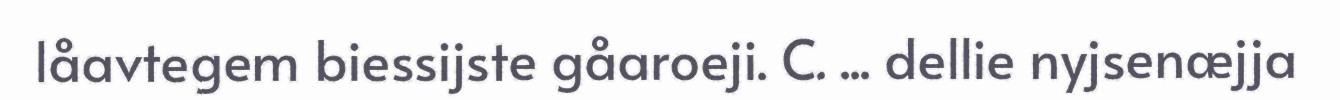
låavtegem biessijste gåaroeji. C. ... dellie nyjsenæjja